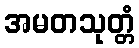
အမတသုတ္တံ